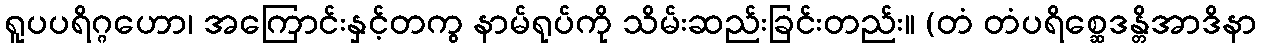
ရူပပရိဂ္ဂဟော၊ အကြောင်းနှင့်တကွ နာမ်ရုပ်ကို သိမ်းဆည်းခြင်းတည်း။ (တံ တံပရိစ္ဆေဒန္တိအာဒိနာ